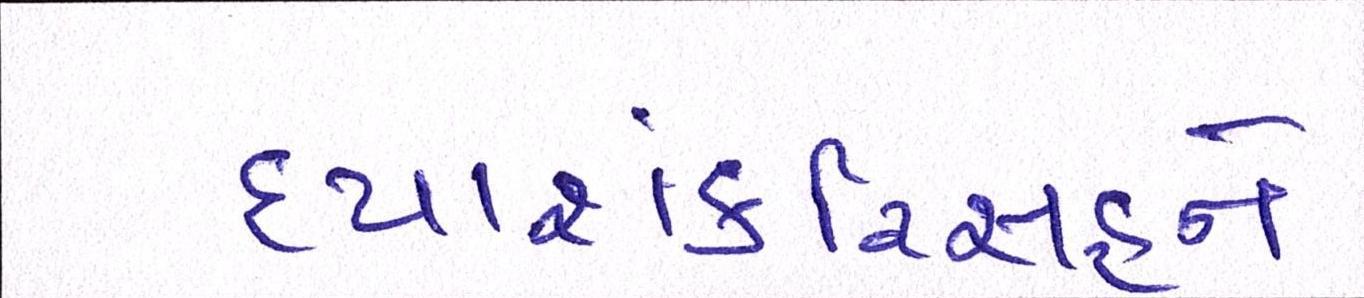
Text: દયાશંકરિંસહને